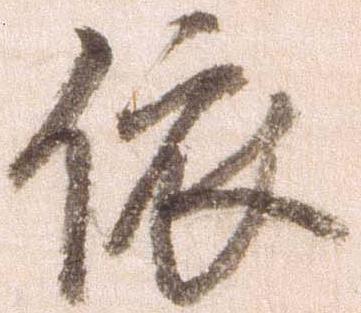
依